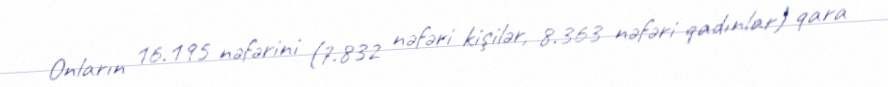
Onların 16.195 nəfərini (7.832 nəfəri kişilər, 8.363 nəfəri qadınlar) qara